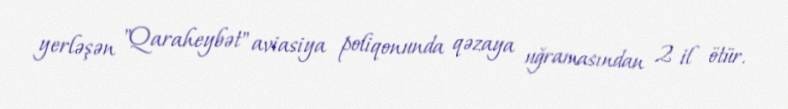
yerləşən "Qaraheybət" aviasiya poliqonunda qəzaya uğramasından 2 il ötür.